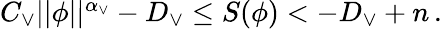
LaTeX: \begin{array}{r}{C_{\vee}\vert\vert\phi\vert\vert^{\alpha_{\vee}}-D_{\vee}\leq S(\phi)<-D_{\vee}+n\, .}\end{array}